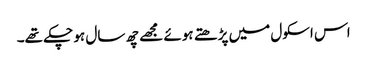
اس اسکول میں پڑھتے ہوئے مجھے چھ سال ہو چکے تھے۔